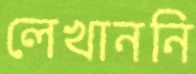
লেখাননি